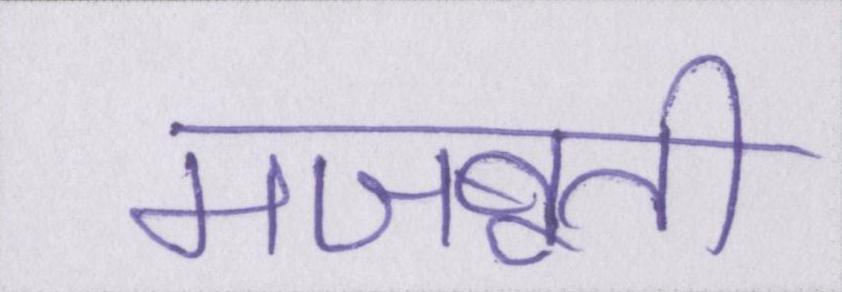
मजबूती